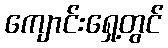
ကျောင်းရှေ့တွင်